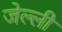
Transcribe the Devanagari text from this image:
जेल्ली